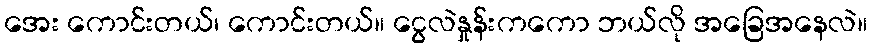
အေး ကောင်းတယ်၊ ကောင်းတယ်။ ငွေလဲနှုန်းကကော ဘယ်လို အခြေအနေလဲ။